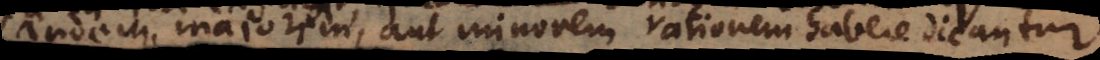
eandem, majorem, aut minorem rationem habere dicantur.